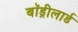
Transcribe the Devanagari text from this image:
बॉड्रीलार्ड